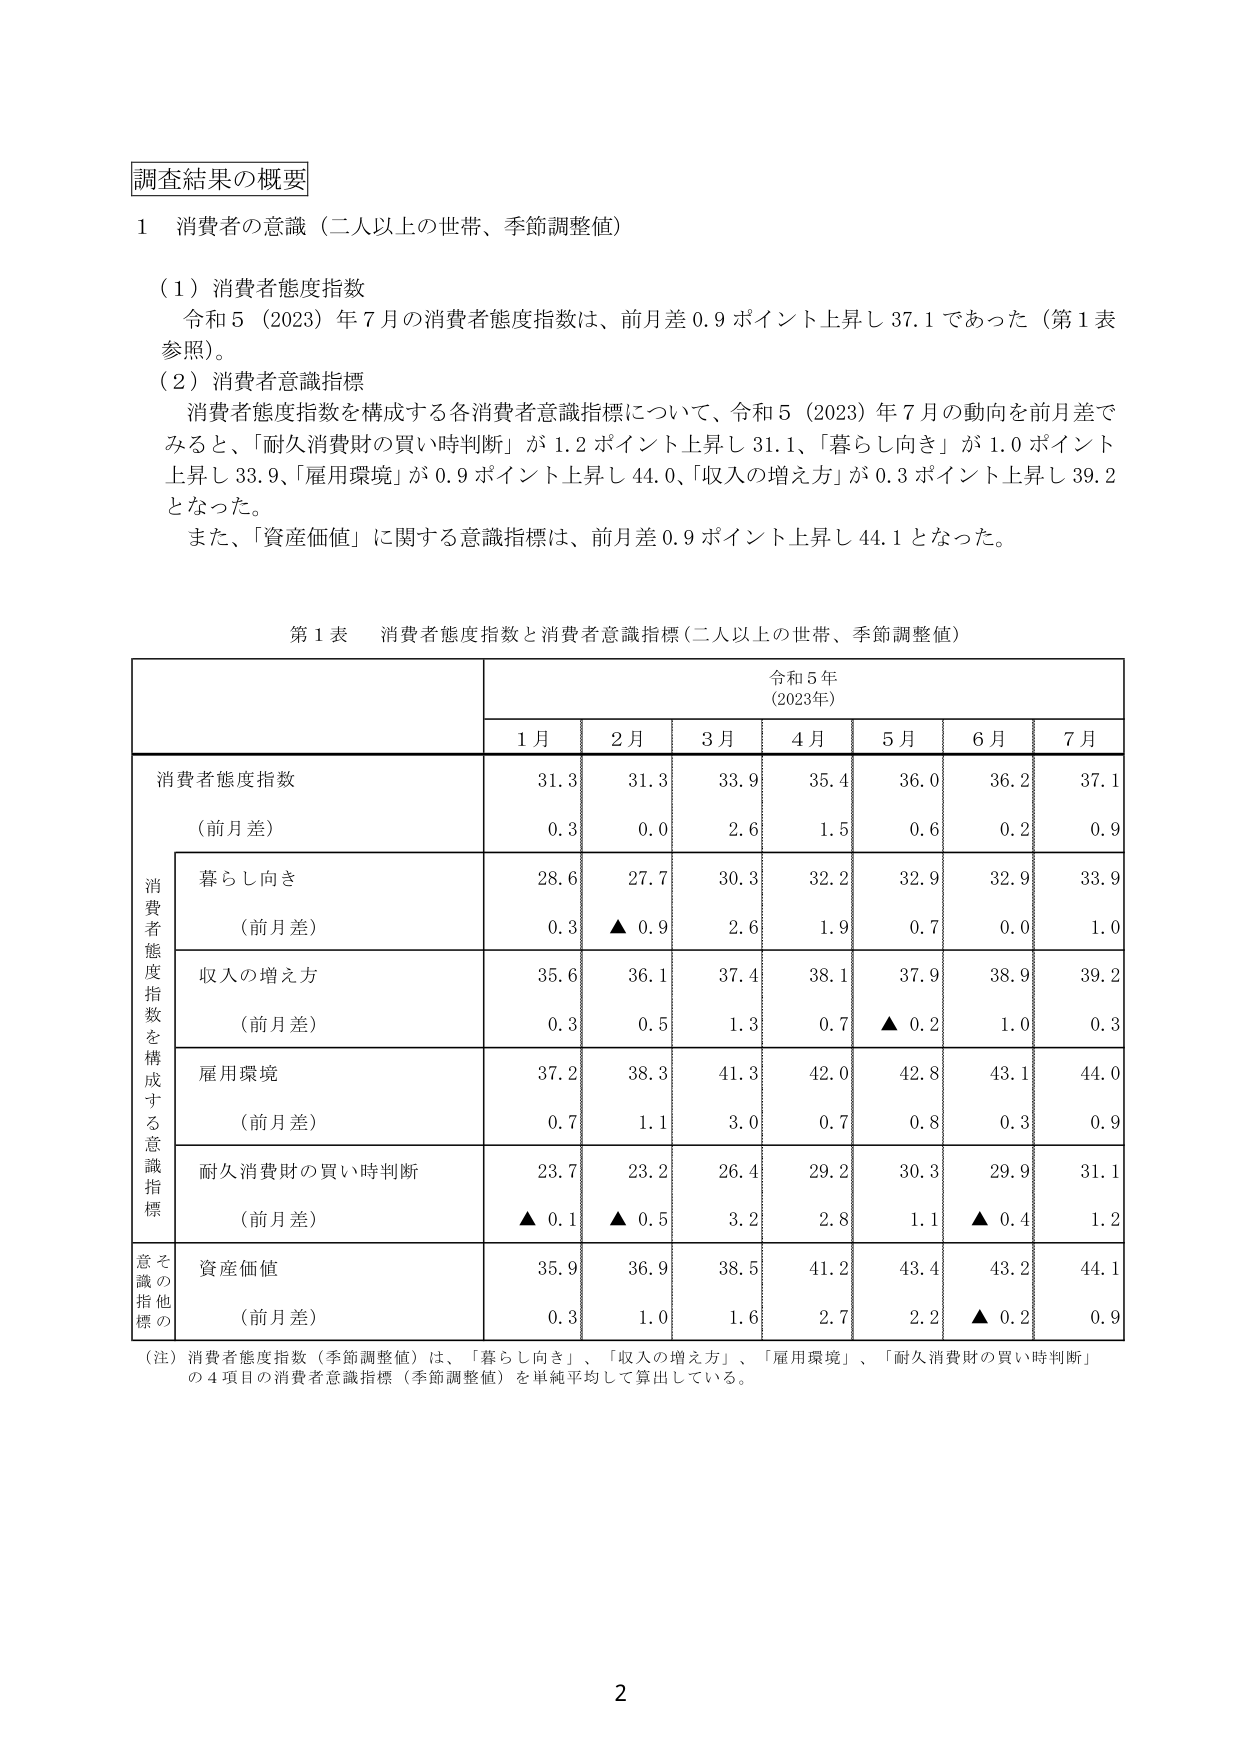
調査結果の概要

1 消費者の意識（二人以上の世帯、季節調整値）

（1）消費者態度指数
令和5（2023）年7月の消費者態度指数は、前月差0.9ポイント上昇し37.1であった（第1表参照）。

（2）消費者意識指標
消費者態度指数を構成する各消費者意識指標について、令和5（2023）年7月の動向を前月差でみると、「耐久消費財の買い時判断」が1.2ポイント上昇し31.1、「暮らし向き」が1.0ポイント上昇し33.9、「雇用環境」が0.9ポイント上昇し44.0、「収入の増え方」が0.3ポイント上昇し39.2となった。
また、「資産価値」に関する意識指標は、前月差0.9ポイント上昇し44.1となった。

第1表 消費者態度指数と消費者意識指標（二人以上の世帯、季節調整値）

令和5年
（2023年）

1月 2月 3月 4月 5月 6月 7月

消費者態度指数
（前月差）
31.3 31.3 33.9 35.4 36.0 36.2 37.1
0.3 0.0 2.6 1.5 0.6 0.2 0.9

消費者態度指数を構成する意識指標
暮らし向き
（前月差）
28.6 27.7 30.3 32.2 32.9 32.9 33.9
0.3 ▲0.9 2.6 1.9 0.7 0.0 1.0

収入の増え方
（前月差）
35.6 36.1 37.4 38.1 37.9 38.9 39.2
0.3 0.5 1.3 0.7 ▲0.2 1.0 0.3

雇用環境
（前月差）
37.2 38.3 41.3 42.0 42.8 43.1 44.0
0.7 1.1 3.0 0.7 0.8 0.3 0.9

耐久消費財の買い時判断
（前月差）
23.7 23.2 26.4 29.2 30.3 29.9 31.1
▲0.1 ▲0.5 3.2 2.8 1.1 ▲0.4 1.2

その他意識指標の
資産価値
（前月差）
35.9 36.9 38.5 41.2 43.4 43.2 44.1
0.3 1.0 1.6 2.7 2.2 ▲0.2 0.9

（注）消費者態度指数（季節調整値）は、「暮らし向き」、「収入の増え方」、「雇用環境」、「耐久消費財の買い時判断」の4項目の消費者意識指標（季節調整値）を単純平均して算出している。

2